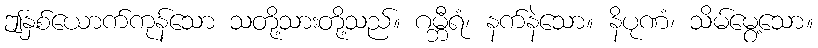
ဤနှစ်ယောက်ကုန်သော သတို့သားတို့သည်။ ဂမ္ဘီရံ၊ နက်နဲသော။ နိပုဏံ၊ သိမ်မွေ့သော။